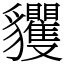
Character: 貜